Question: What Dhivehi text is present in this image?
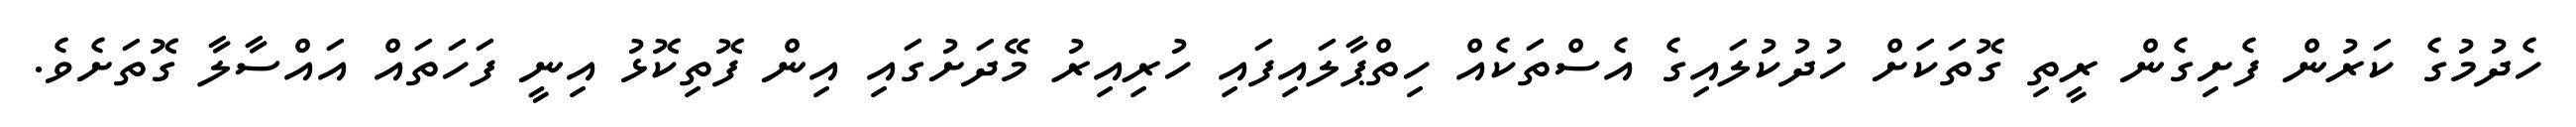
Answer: ހެދުމުގެ ކަރުން ފެށިގެން ރީތި ގޮތަކަށް ހުދުކުލައިގެ އެސްތަކެއް ހިތްޕާލައިފައި ހުރިއިރު މޭދަށުގައި އިން ފޮތިކޮޅު އިނީ ފަހަތައް އައްސާލާ ގޮތަށެވެ.